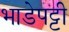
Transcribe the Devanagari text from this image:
भाडेपट्टी